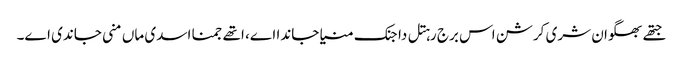
جتھے بھگوان شری کرشن اس برج رہتل دا جنک منیا جاندا اے، اتھے جمنا اسدی ماں منی جاندی اے۔